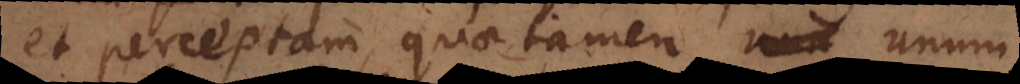
et perceptam, quae tamen unum